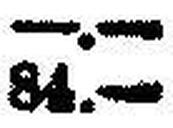
84.—